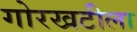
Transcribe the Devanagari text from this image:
गोरखटीला